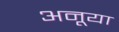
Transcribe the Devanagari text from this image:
अनूया